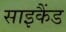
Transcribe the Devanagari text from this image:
साइकैंड